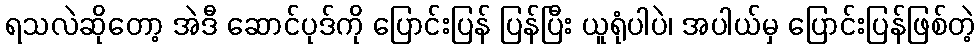
ရသလဲဆိုတော့ အဲဒီ ဆောင်ပုဒ်ကို ပြောင်းပြန် ပြန်ပြီး ယူရုံပါပဲ၊ အပါယ်မှ ပြောင်းပြန်ဖြစ်တဲ့